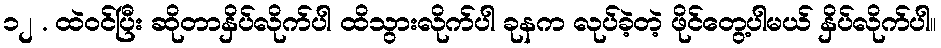
၁၂ . ထဲဝင်ပြီး ဆိုတာနှိပ်လိုက်ပါ ထိသွားလိုက်ပါ ခုနက လုပ်ခဲ့တဲ့ ဖိုင်တွေ့ပါမယ် နှိပ်လိုက်ပါ။